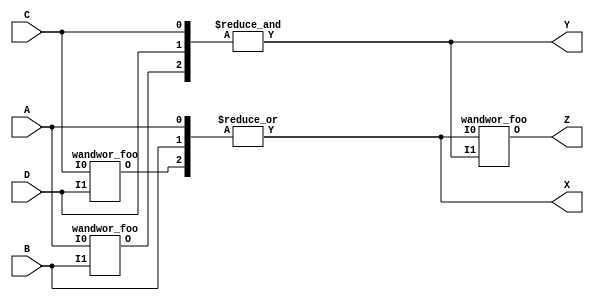
module wandwor_test0 (A, B, C, D, X, Y, Z);
	input A, B, C, D;
	output wor X;
	output wand Y;
	output Z;

	assign X = A, X = B, Y = C, Y = D;
	wandwor_foo foo_0 (C, D, X);
	wandwor_foo foo_1 (A, B, Y);
	wandwor_foo foo_2 (X, Y, Z);
endmodule

module wandwor_test1 (A, B, C, D, X, Y, Z);
	input [3:0] A, B, C, D;
	output wor [3:0] X;
	output wand [3:0] Y;
	output Z;

	wandwor_bar bar_inst (
		.I0({A, B}),
		.I1({B, A}),
		.O({X, Y})
	);

	assign X = C, X = D;
	assign Y = C, Y = D;
	assign Z = ^{X,Y};
endmodule

module wandwor_foo(input I0, I1, output O);
	assign O = I0 ^ I1;
endmodule

module wandwor_bar(input [7:0] I0, I1, output [7:0] O);
	assign O = I0 + I1;
endmodule